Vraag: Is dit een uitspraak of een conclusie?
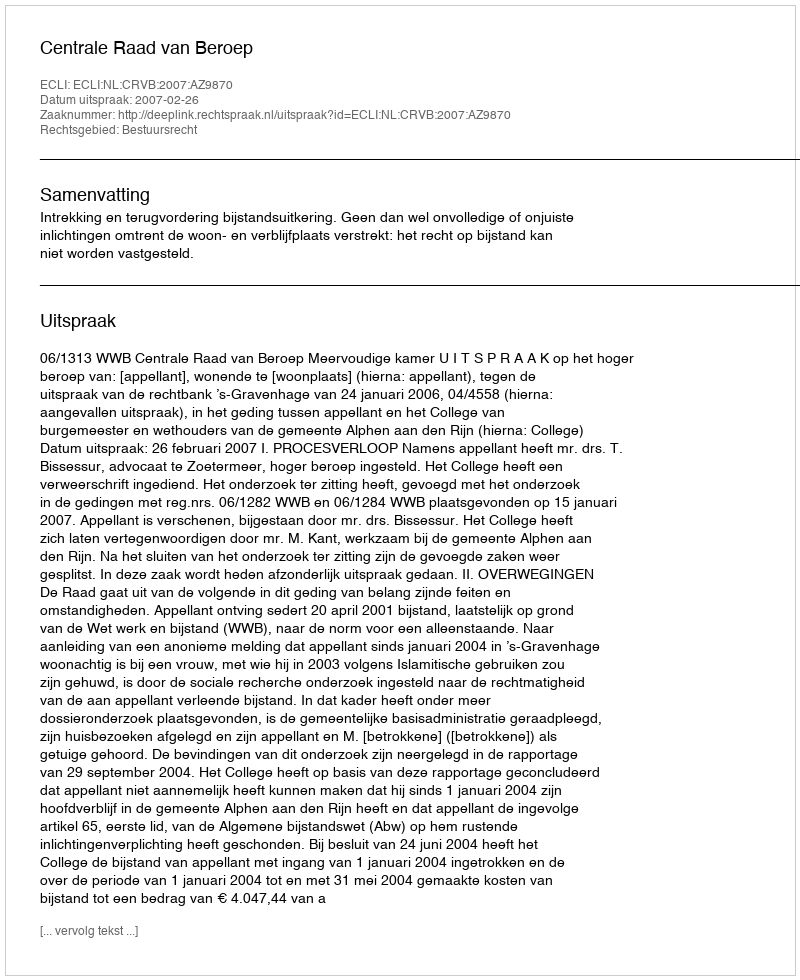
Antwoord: Uitspraak